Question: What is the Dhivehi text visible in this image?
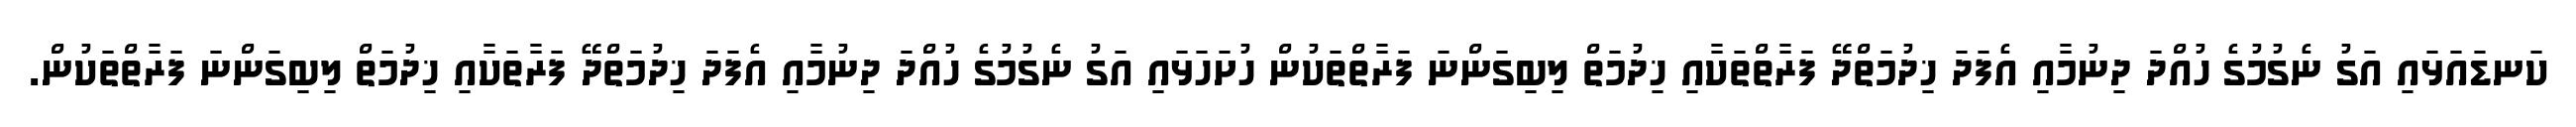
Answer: ކަނޑައަޅައި އަގު ނެގުމުގެ ހުއްދަ ދިނުމާއި އެފަދަ ޚިދުމަތްދޭ ފަރާތްތަކާއި ޚިދުމަތް ލިބިގަންނަ ފަރާތްތަކުން ހުށަހަޅައި އަގު ނެގުމުގެ ހުއްދަ ދިނުމާއި އެފަދަ ޚިދުމަތްދޭ ފަރާތަކާއި ޚިދުމަތް ލިބިގަންނަ ފަރާތްތަކުން.